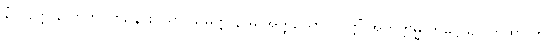
နံ ဝိပတ္တိ နာဘိဘဝတိ, န စ သာ သမ္ပတ္တိ နာမ အတ္ထိ, ယာ ဝိပတ္တိံ အတိက္ကမ္မ တိဋ္ဌေယျ။ တထာ ဟိ